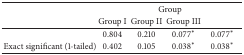
<table><thead><tr><td>[EMPTY_CELL]</td><td colspan="4"><b>Group</b></td></tr><tr><td>[EMPTY_CELL]</td><td><b>Group I</b></td><td><b>Group II</b></td><td><b>Group III</b></td><td>[EMPTY_CELL]</td></tr></thead><tbody><tr><td>[EMPTY_CELL]</td><td>0.804</td><td>0.210</td><td>0.077∗</td><td>0.077∗</td></tr><tr><td>Exact significant (1-tailed)</td><td>0.402</td><td>0.105</td><td>0.038∗</td><td>0.038∗</td></tr></tbody></table>